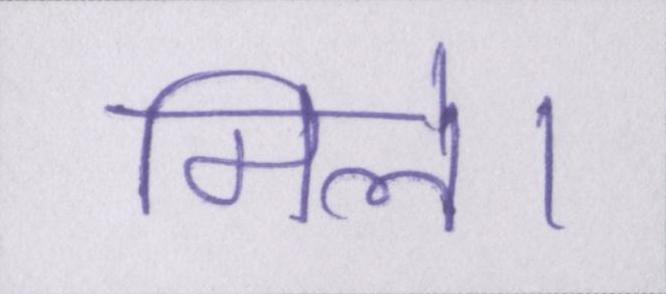
मिले।